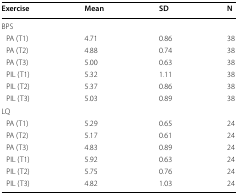
<table><thead><tr><td><b>Exercise</b></td><td><b>Mean</b></td><td><b>SD</b></td><td><b>N</b></td></tr></thead><tbody><tr><td colspan="4">BPS</td></tr><tr><td> PA (T1)</td><td>4.71</td><td>0.86</td><td>38</td></tr><tr><td> PA (T2)</td><td>4.88</td><td>0.74</td><td>38</td></tr><tr><td> PA (T3)</td><td>5.00</td><td>0.63</td><td>38</td></tr><tr><td> PIL (T1)</td><td>5.32</td><td>1.11</td><td>38</td></tr><tr><td> PIL (T2)</td><td>5.37</td><td>0.86</td><td>38</td></tr><tr><td> PIL (T3)</td><td>5.03</td><td>0.89</td><td>38</td></tr><tr><td colspan="4">LQ</td></tr><tr><td> PA (T1)</td><td>5.29</td><td>0.65</td><td>24</td></tr><tr><td> PA (T2)</td><td>5.17</td><td>0.61</td><td>24</td></tr><tr><td> PA (T3)</td><td>4.83</td><td>0.89</td><td>24</td></tr><tr><td> PIL (T1)</td><td>5.92</td><td>0.63</td><td>24</td></tr><tr><td> PIL (T2)</td><td>5.75</td><td>0.76</td><td>24</td></tr><tr><td> PIL (T3)</td><td>4.82</td><td>1.03</td><td>24</td></tr></tbody></table>